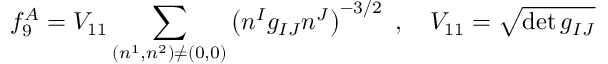
f _ { 9 } ^ { A } = V _ { 1 1 } \sum _ { ( n ^ { 1 } , n ^ { 2 } ) \ne ( 0 , 0 ) } \left( n ^ { I } g _ { I J } n ^ { J } \right) ^ { - 3 / 2 } \ , \quad V _ { 1 1 } = \sqrt { \operatorname * { d e t } g _ { I J } }